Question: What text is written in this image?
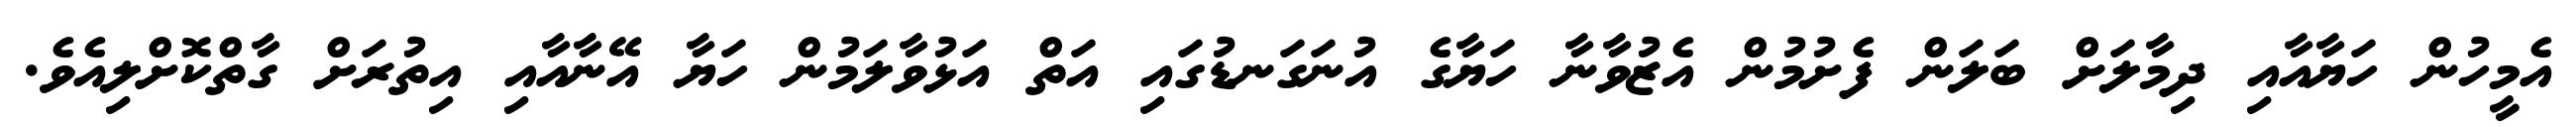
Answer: އެމީހުން ހަޔާއާއި ދިމާލަށް ބަލަން ފެށުމުން އެޒުވާނާ ހަޔާގެ އުނަގަނޑުގައި އަތް އަޅުވާލަމުން ހަޔާ އޭނާއާއި އިތުރަށް ގާތްކޮށްލިއެވެ.